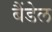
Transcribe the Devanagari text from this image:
बैंडेल